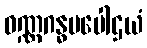
ဝဏ္ဏဂန္ဓမပေါဌယံ